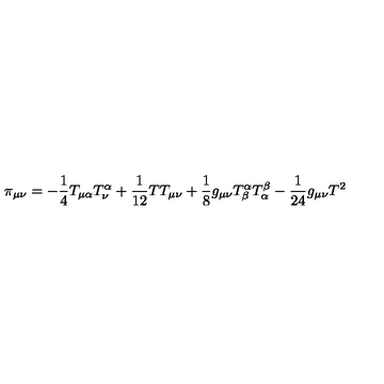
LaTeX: \pi _ { \mu \nu } = - \frac { 1 } { 4 } T _ { \mu \alpha } T _ { \nu } ^ { \alpha } + \frac { 1 } { 1 2 } T T _ { \mu \nu } + \frac { 1 } { 8 } g _ { \mu \nu } T _ { \beta } ^ { \alpha } T _ { \alpha } ^ { \beta } - \frac { 1 } { 2 4 } g _ { \mu \nu } T ^ { 2 }